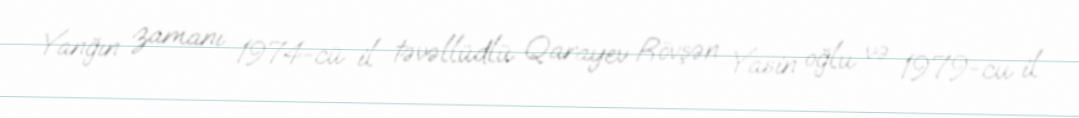
Yanğın zamanı 1974-cü il təvəllüdlü Qarayev Rövşən Yasin oğlu və 1979-cu il